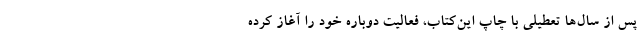
پس از سال‌ها تعطیلی با چاپ این‌کتاب، فعالیت دوباره خود را آغاز کرده